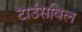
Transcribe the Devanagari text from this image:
टाउंसविल